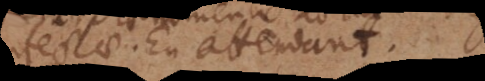
imperfectae. En attendant.